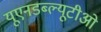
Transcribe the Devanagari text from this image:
यूएनडब्ल्यूटीओ